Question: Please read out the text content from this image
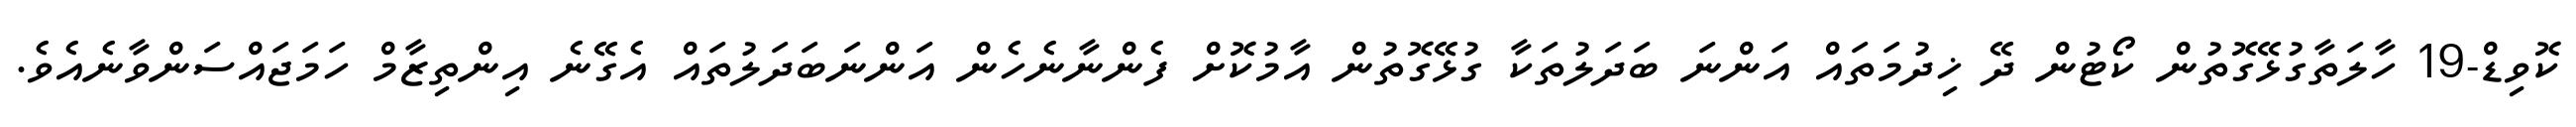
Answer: ކޮވިޑް-19 ހާލަތާގުޅޭގޮތުން ކޯޓުން ދޭ ޚިދުމަތައް އަންނަ ބަދަލުތަކާ ގުޅޭގޮތުން އާމުކޮށް ފެންނާނެހެން އަންނަބަދަލުތައް އެގޭނެ އިންތިޒާމް ހަމަޖައްސަންވާނެއެވެ.